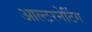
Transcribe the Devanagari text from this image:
आल्टरनेटिंग